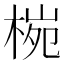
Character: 𪲤